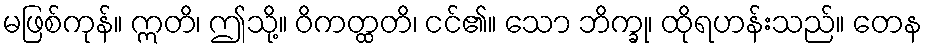
မဖြစ်ကုန်။ ဣတိ၊ ဤသို့။ ဝိကတ္ထတိ၊ ငင်၏။ သော ဘိက္ခု၊ ထိုရဟန်းသည်။ တေန